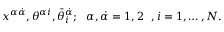
x ^ { \alpha \dot { \alpha } } , \theta ^ { \alpha i } , \bar { \theta } _ { i } ^ { \dot { \alpha } } ; \ \ \alpha , \dot { \alpha } = 1 , 2 \ \ , i = 1 , \dots , N .